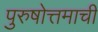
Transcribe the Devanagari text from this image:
पुरुषोत्तमाची